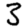
Digit: 3